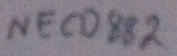
Text: NECD882